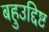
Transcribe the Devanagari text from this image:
बहुउद्दिष्ट